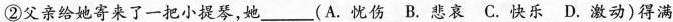
②父亲给她寄来了一把小提琴，她___(A. 忧伤 B. 想哀 C. 快乐 D. 激动) 得满